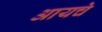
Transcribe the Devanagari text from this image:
आयचे